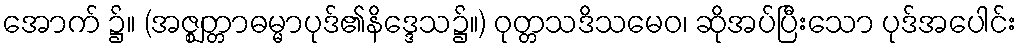
အောက် ၌။ (အဇ္ဈတ္တာဓမ္မာပုဒ်၏နိဒ္ဒေသ၌။) ဝုတ္တသဒိသမေဝ၊ ဆိုအပ်ပြီးသော ပုဒ်အပေါင်း